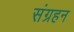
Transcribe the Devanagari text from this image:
संग्रहन